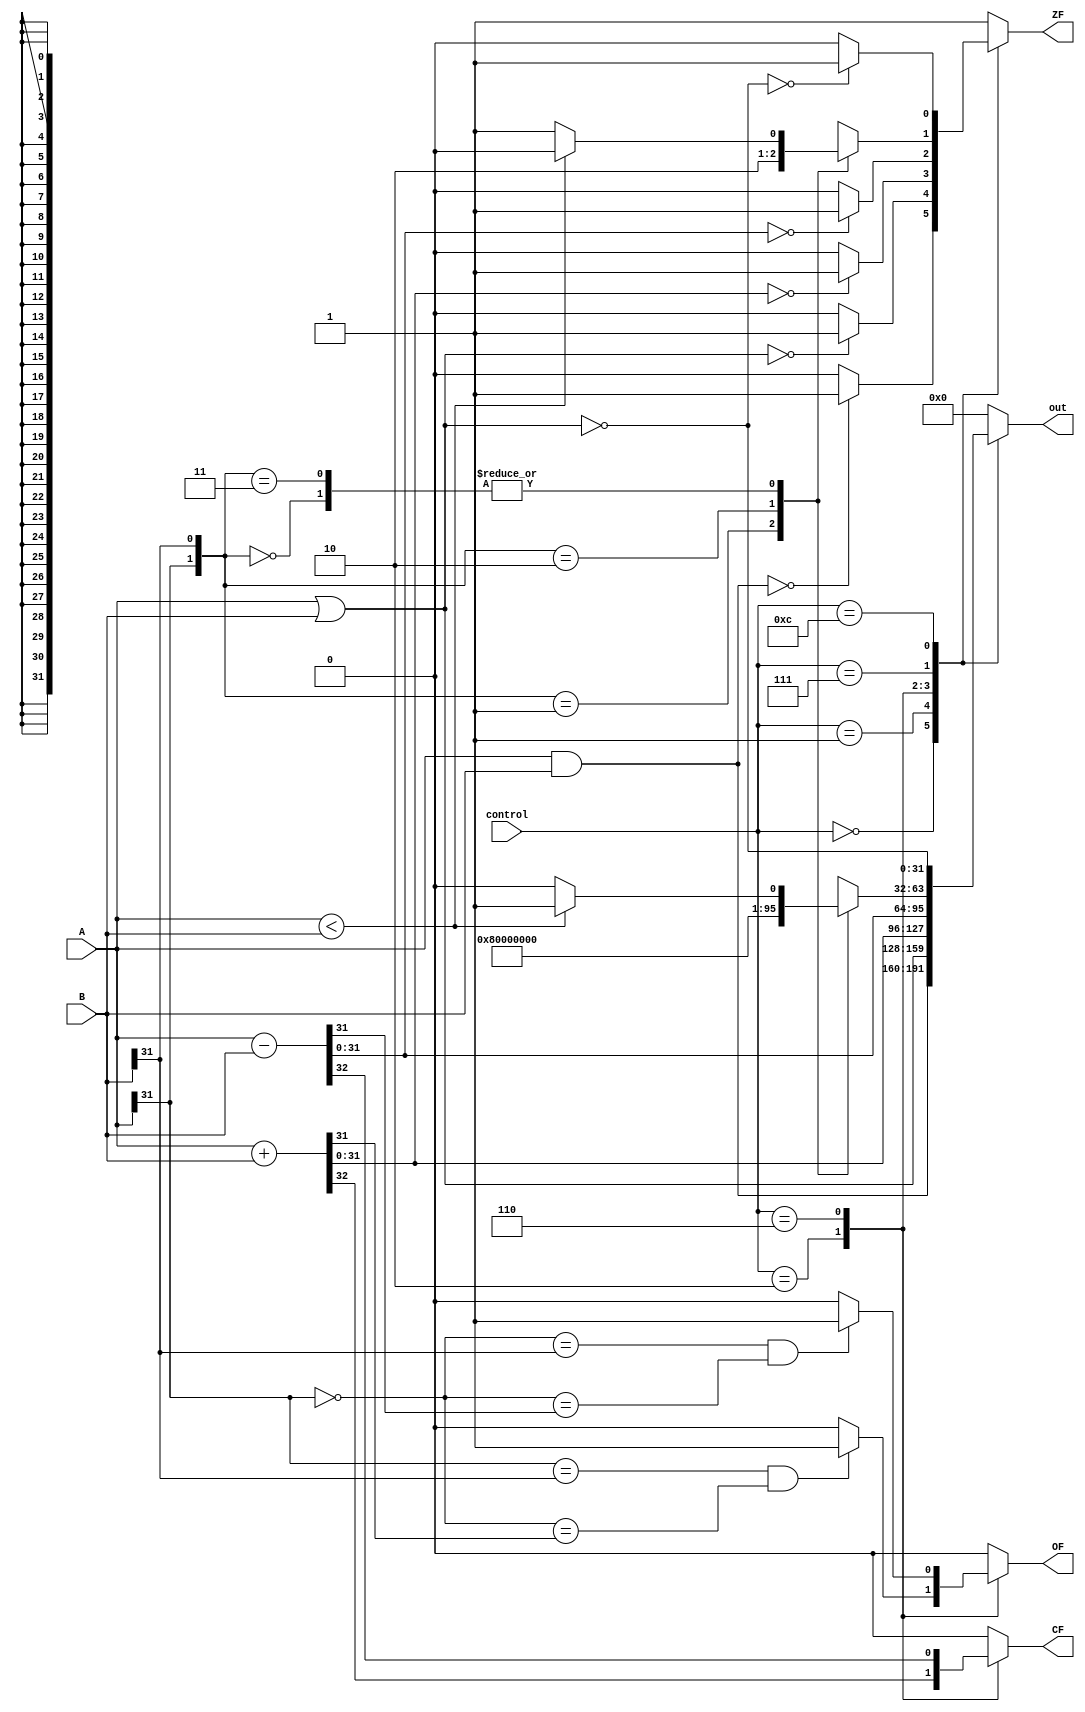
module ALU(control, A, B, out, ZF, CF, OF);
	input [3:0]control;
	input [31:0]A;
	input [31:0]B;
	output reg [31:0]out;
	output reg ZF; //
	output reg CF; //
	output reg OF; //
	
	initial
	begin
	out = 0;
	ZF = 1;
	CF = 0;
	OF = 0;
	
	end
	
	always@(control, A, B)
	begin
		case(control)
		4'b0000: //
		begin
			out = A & B;
			if(out == 0)
				ZF = 1;
			else
				ZF = 0;
			
			CF = 0;
			OF = 0;
		end
		
		4'b0001: //
		begin
			out = A | B;
			if(out == 0)
				ZF = 1;
			else
				ZF = 0;
			
			CF = 0;
			OF = 0;
		end
			
		4'b0010: //,
		begin
			{CF, out} = A + B;
			OF = (A[31] == B[31])&&(~A[31]==out[31])?1:0;
			
			if(out == 0)
				ZF = 1;
			else
				ZF = 0;
		end
				
		4'b0110: //
		begin
			{CF, out} = A - B;
			OF = (~A[31] == B[31])&&(~A[31] == out[31])?1:0;
			
			if(out == 0)
				ZF = 1;
			else
				ZF = 0;
		end
		
		4'b0111: //
		begin
			case({A[31], B[31]})
			2'b00:
			begin
				if(A < B)
				begin
					out = 1;
					ZF = 0;
				end
				else
				begin
					out = 0;
					ZF = 1;
				end
			end
					
				
			2'b01:
			begin
				out = 0;
				ZF = 1;
			end
			
			2'b10:
			begin
				out = 1;
				ZF = 0;
			end
			
			2'b11:
			begin
				if(A < B)
				begin
					out = 1;
					ZF = 0;
				end
				else
				begin
					out = 0;
					ZF = 1;
				end
			end
			
			default:
			begin
				out = 0;
				ZF = 1;
			end
			
			endcase
			
			CF = 0;
			OF = 0;
			
		end
				
		4'b1100: //
		begin
			out = ~(A | B);
			if(out == 0)
				ZF = 1;
			else
				ZF = 0;
			
			CF = 0;
			OF = 0;
		end
		
		default:
		begin
			out = 0;
			ZF = 1;
			OF = 0;
			CF = 0;
		end
		
		endcase
	end
	
endmodule